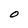
Character: O